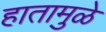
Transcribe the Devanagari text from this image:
हातामुळे